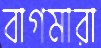
বাগমারা